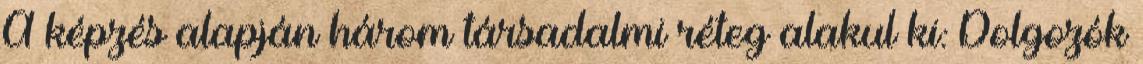
A képzés alapján három társadalmi réteg alakul ki: Dolgozók